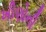
ખીણોની